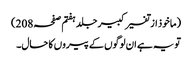
(ماخوذ از تفسیر کبیر جلد ہفتم صفحہ208)
تو یہ ہے ان لوگوں کے پیروں کا حال۔